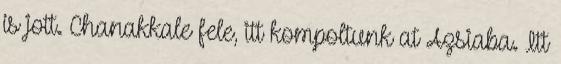
is jott. Chanakkale fele, itt kompoltunk at Azsiaba. Itt